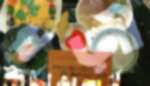
খড়্গী